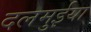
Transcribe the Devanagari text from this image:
दलमुईया